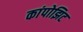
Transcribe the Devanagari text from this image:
कांपोझिट